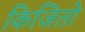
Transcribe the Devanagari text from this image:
किजितो